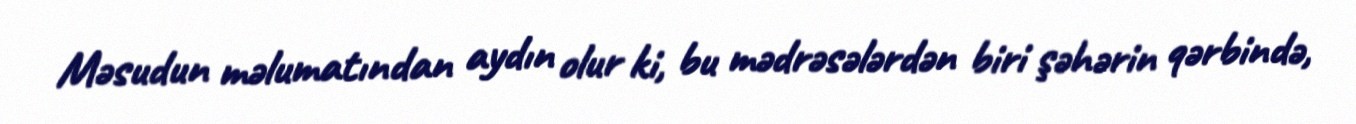
Məsudun məlumatından aydın olur ki, bu mədrəsələrdən biri şəhərin qərbində,